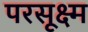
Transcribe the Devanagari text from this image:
परसूक्ष्म